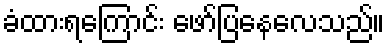
ခံထားရကြောင်း ဖော်ပြနေလေသည်။